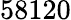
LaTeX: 58120